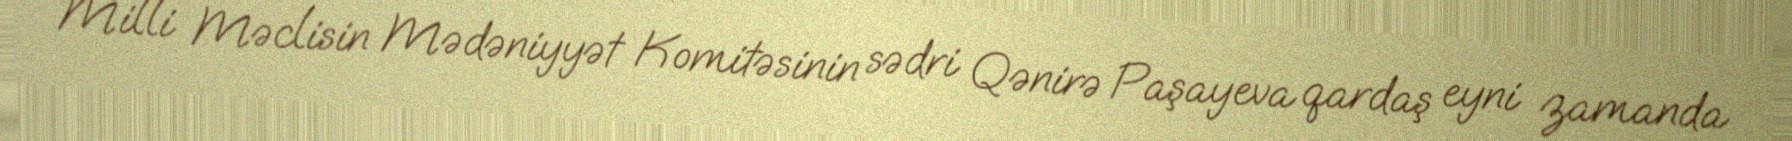
Milli Məclisin Mədəniyyət Komitəsinin sədri Qənirə Paşayeva qardaş eyni zamanda